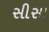
સીસા